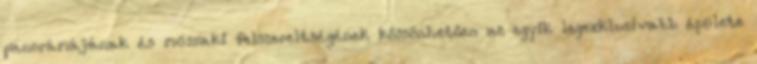
panorámájának és műszaki felszereltségének köszönhetően az egyik legexkluzívabb épülete